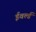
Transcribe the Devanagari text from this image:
ईवर्ल्ड